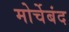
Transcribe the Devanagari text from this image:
मोर्चेबंद